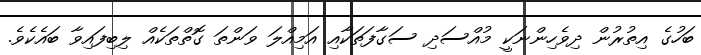
ބަހުގެ އިތުރުން ދިވެހިންނަކީ މުއްސަދި ސަގާފަތަކާއި އަމިއްލަ ވަންތަ ގޮތްތަކެއް ލިބިފައިވާ ބައެކެވެ.